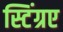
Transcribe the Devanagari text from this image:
स्टिंग्रए